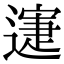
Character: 𨖋